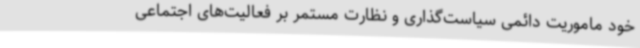
خود ماموریت دائمی سیاست‌گذاری و نظارت مستمر بر فعالیت‌های اجتماعی